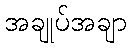
အချုပ်အချာ